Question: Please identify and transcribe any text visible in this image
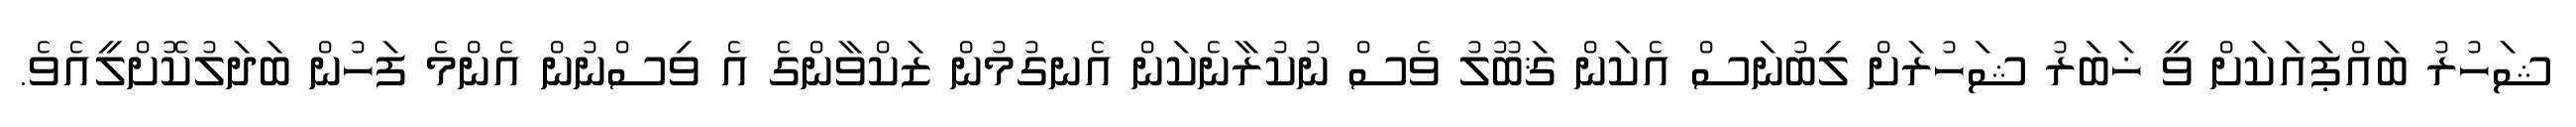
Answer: ޝަހުރު ބައްޕައަކަށް ވީ ޚަބަރު ޝަހުރަށް ލިބުނަސް އެކަން ޤަބޫލު ވެސް ނުކުރާނެކަން އެނގުމުން ޒަކްވާންގެ އެ ވިސްނުން އެންމެ ފަހުން ބަދަލުކޮށްލީއެވެ.